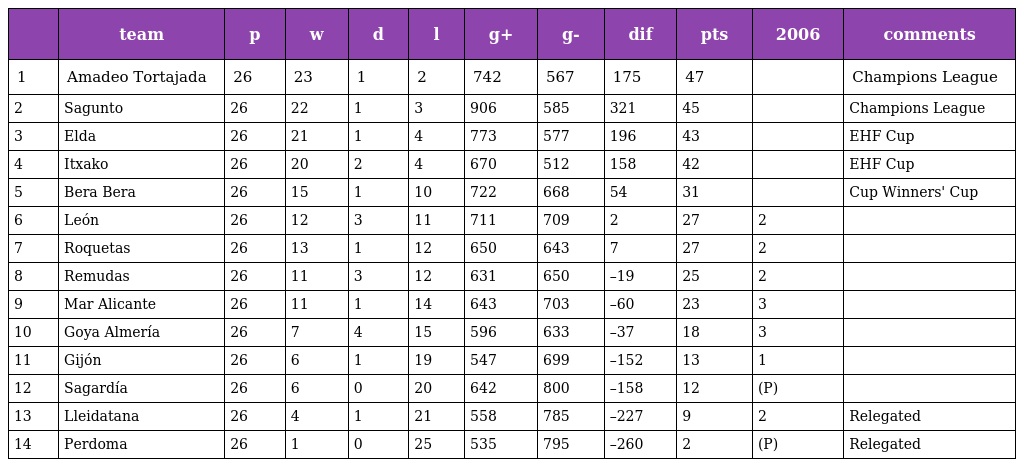
|  | team | p | w | d | l | g+ | g- | dif | pts | 2006 | comments |
 | --- | --- | --- | --- | --- | --- | --- | --- | --- | --- | --- | --- |
 | 1 | Amadeo Tortajada | 26 | 23 | 1 | 2 | 742 | 567 | 175 | 47 |  | Champions League |
 | 2 | Sagunto | 26 | 22 | 1 | 3 | 906 | 585 | 321 | 45 |  | Champions League |
 | 3 | Elda | 26 | 21 | 1 | 4 | 773 | 577 | 196 | 43 |  | EHF Cup |
 | 4 | Itxako | 26 | 20 | 2 | 4 | 670 | 512 | 158 | 42 |  | EHF Cup |
 | 5 | Bera Bera | 26 | 15 | 1 | 10 | 722 | 668 | 54 | 31 |  | Cup Winners' Cup |
 | 6 | León | 26 | 12 | 3 | 11 | 711 | 709 | 2 | 27 | 2 |  |
 | 7 | Roquetas | 26 | 13 | 1 | 12 | 650 | 643 | 7 | 27 | 2 |  |
 | 8 | Remudas | 26 | 11 | 3 | 12 | 631 | 650 | –19 | 25 | 2 |  |
 | 9 | Mar Alicante | 26 | 11 | 1 | 14 | 643 | 703 | –60 | 23 | 3 |  |
 | 10 | Goya Almería | 26 | 7 | 4 | 15 | 596 | 633 | –37 | 18 | 3 |  |
 | 11 | Gijón | 26 | 6 | 1 | 19 | 547 | 699 | –152 | 13 | 1 |  |
 | 12 | Sagardía | 26 | 6 | 0 | 20 | 642 | 800 | –158 | 12 | (P) |  |
 | 13 | Lleidatana | 26 | 4 | 1 | 21 | 558 | 785 | –227 | 9 | 2 | Relegated |
 | 14 | Perdoma | 26 | 1 | 0 | 25 | 535 | 795 | –260 | 2 | (P) | Relegated |